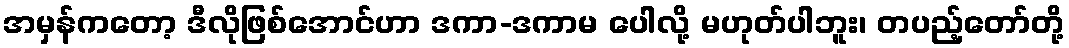
အမှန်ကတော့ ဒီလိုဖြစ်အောင်ဟာ ဒကာ-ဒကာမ ပေါလို့ မဟုတ်ပါဘူး၊ တပည့်တော်တို့